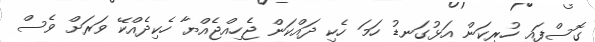
ގޮސްފައި ހުރިކަން އަޅުގަނޑު ހަމަ ހެކި ދައްކަން ޖެހިއްޖެއްޔާ ހެކިދެއްކޭ ވަރަށް ވެސް